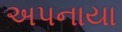
અપનાયા